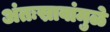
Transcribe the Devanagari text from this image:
अंतःस्रावांमुळे